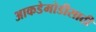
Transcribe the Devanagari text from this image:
आकडेमोडीसाठी